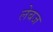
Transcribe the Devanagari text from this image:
लेबज